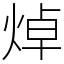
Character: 焯